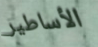
الأساطير